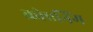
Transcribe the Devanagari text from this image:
क्रोएनिंग